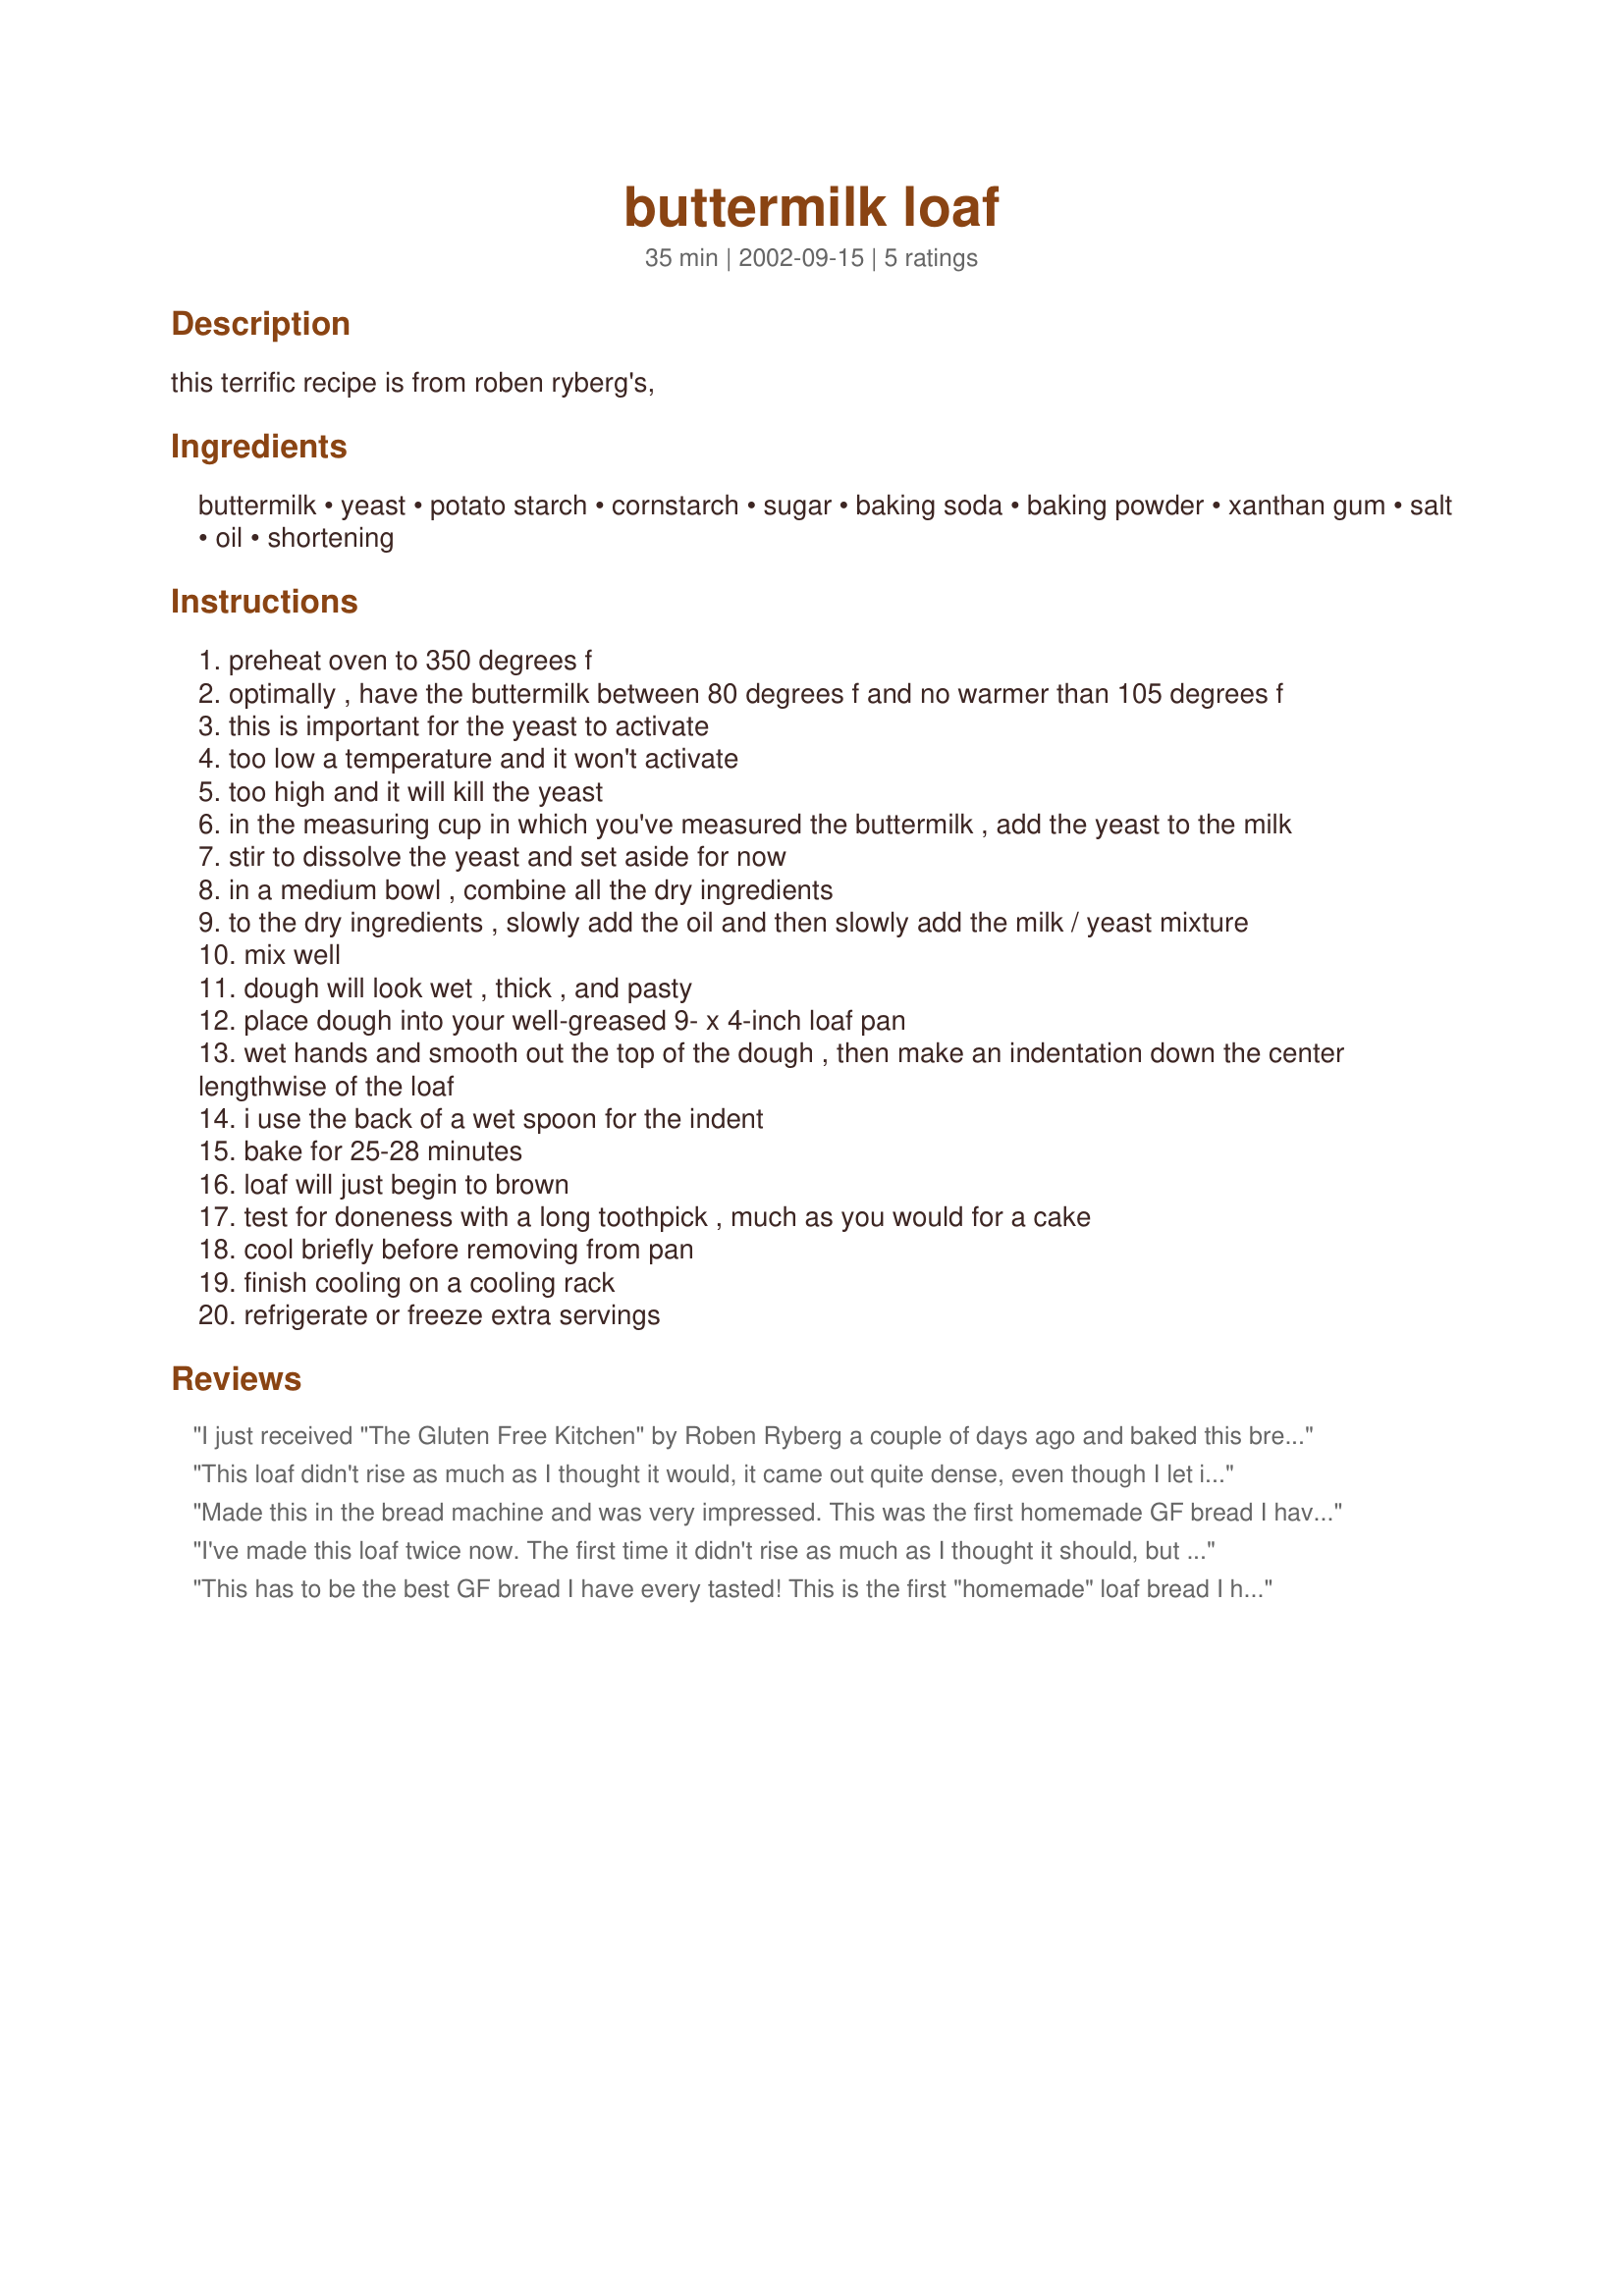
buttermilk loaf
Preparation time: 35 minutes

this terrific recipe is from roben ryberg's,

Ingredients:
buttermilk, yeast, potato starch, cornstarch, sugar, baking soda, baking powder, xanthan gum, salt, oil, shortening

Steps:
preheat oven to 350 degrees f
optimally , have the buttermilk between 80 degrees f and no warmer than 105 degrees f
this is important for the yeast to activate
too low a temperature and it won't activate
too high and it will kill the yeast
in the measuring cup in which you've measured the buttermilk , add the yeast to the milk
stir to dissolve the yeast and set aside for now
in a medium bowl , combine all the dry ingredients
to the dry ingredients , slowly add the oil and then slowly add the milk / yeast mixture
mix well
dough will look wet , thick , and pasty
place dough into your well-greased 9- x 4-inch loaf pan
wet hands and smooth out the top of the dough , then make an indentation down the center lengthwise of the loaf
i use the back of a wet spoon for the indent
bake for 25-28 minutes
loaf will just begin to brown
test for doneness with a long toothpick , much as you would for a cake
cool briefly before removing from pan
finish cooling on a cooling rack
refrigerate or freeze extra servings

Reviews:
I just received "The Gluten Free Kitchen" by Roben Ryberg a couple of days ago and baked this bread yesterday. It's wonderful and reminds me of the taste of Kinnikinnick English Muffins. I added slightly more than a tablespoon of apple cider vinegar to a glass measuring cup and then filled it to the 1-1/4 cup mark with Lactaid milk. The bread was great when cool enough to slice and of course, today it's toast. lol Might try making garlic bread from some of it and also French Toast. Yum!
This loaf didn't rise as much as I thought it would, it came out quite dense, even though I let it rise for a little while before cooking. The taste was fine, so will give it another go.
Made this in the bread machine and was very impressed. This was the first homemade GF bread I have baked. I have tried a few GF bread mixes; most were just OK. We loved this bread the same day, it does decline as it becomes older. Unlike some GF breads, it didn&#039;t need butter or something else on it to taste good. It is true that it didn&#039;t rise that high, but we thought it was still light and airy, with a good texture. I also wonder if there is a conversion issue, because one packet of yeast is 2.25 teaspoons, not a tablespoon, so I am not sure which one is intended in the original recipe (zmail me if you have the answer). I would definitely make this again!
I've made this loaf twice now. The first time it didn't rise as much as I thought it should, but it had a nice taste and texture. The second time, I made french sticks, sprinkled with sesame seeds and allowed the bread to rise in a warm oven first. The texture was wonderful and the taste was good. I subbed the buttermilk with soymilk with about 2 tsp of lemon juice added. I love the fact that it is so quick and easy to make.
This has to be the best GF bread I have every tasted! This is the first "homemade" loaf bread I have every made (outside of banana nut bread) and the directions were easy to follow. Thank you so much for sharing! I will make this often!
